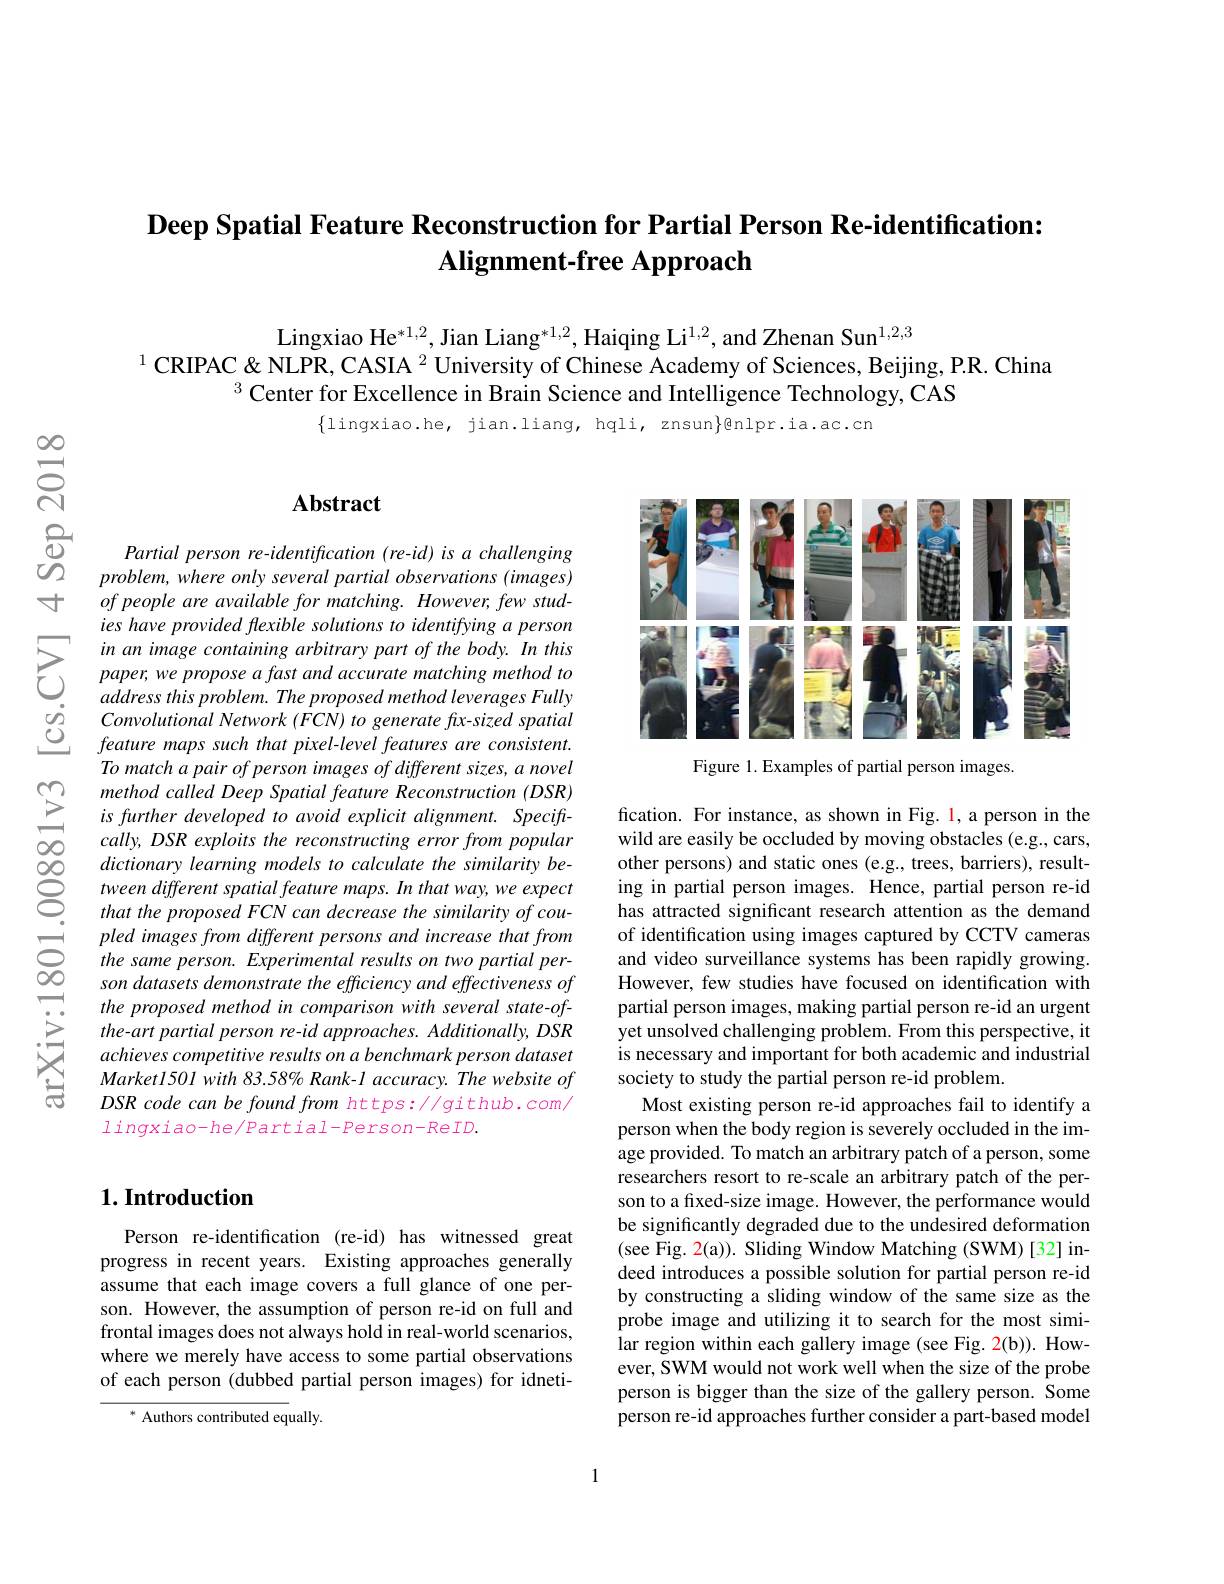
## $\textbf{Deep Spatial Feature Reconstruction for Partial Person Re- identification: }$ Alignment-free Approach

Lingxiao He$^*1,2$, Jian Liang$^*1,2$, Haiqing Li$^{1,2}$, and Zhenan Sun$^1,2,3$
$^{1}$CRIPAC &NLPR, CASIA $^2$ University of Chinese Academy of Sciences, Beijing, P.R. China
$^{3}$ Center for Excellence in Brain Science and Intelligence Technology, CAS

$\{$lingxiao.he, jian.liang, hqli, znsun$\}$@nlpr.ia.ac.cn

### $\mathbf{Abstract}$

Partial person re-identification (re-id) is a challenging $problem, where\textit{ only several partial observations ( images) }$ of people are available for matching. However, few studies have provided flexible solutions to identifying a person
$\sum\begin{array}{lll}&\text{in an image containing arbitrary part of the body. In this}\\&\text{paper,we propose a fast and accurate matching method to}\\&\text{address this problem.The proposed method leverages Fully}\end{array}$
address this problem. The proposed method leverages Fully Convolutional Network (FCN) to generate fix-sized spatial feature maps such that pixel-level features are consistent. To match a pair of person images of different sizes, a novel method called Deep Spatial feature Reconstruction (DSR) is further developed to avoid explicit alignment. Speciffcally, DSR exploits the reconstructing error from popular
dictionary learning models to calculate the similarity be- $\textcircled {\infty }$tween different spatial feature maps. In that way, we expect that the proposed FCN can decrease the similarity of cou-
that the proposed FCN can decrease the similarity of cou-
$\begin{array}{cc}&\text{pled images from different persons and i}\end{array}$
son datasets demonstrate the efficiency and effectiveness of the proposed method in comparison with several state-ofthe-art partial person re-id approaches. Additionally, DSR achieves competitive results on a benchmark person dataset Market1501 with 83.58% Rank-1 accuracy. The website of $DSR$ code can be found from https://github.com/ lingxiao-he/Partial-Person-ReID.

<FigureHere>

Figure 1. Examples of partial person images.

fication. For instance, as shown in Fig. l, a person in the wild are easily be occluded by moving obstacles (e.g., cars, other persons) and static ones (e.g., trees, barriers), resulting in partial person images. Hence, partial person re-id has attracted significant research attention as the demand of identification using images captured by CCTV cameras and video surveillance systems has been rapidly growing. However, few studies have focused on identification with partial person images, making partial person re-id an urgent yet unsolved challenging problem. From this perspective, it is necessary and important for both academic and industrial society to study the partial person re-id problem.
Most existing person re-id approaches fail to identify a person when the body region is severely occluded in the image provided. To match an arbitrary patch of a person, some researchers resort to re-scale an arbitrary patch of the person to a fixed-size image. However, the performance would be significantly degraded due to the undesired deformation (see Fig. 2(a)). Sliding Window Matching (SWM)[32] indeed introduces a possible solution for partial person re-id by constructing a sliding window of the same size as the probe image and utilizing it to search for the most similar region within each gallery image (see Fig. 2(b)). However, SWM would not work well when the size of the probe person is bigger than the size of the gallery person. Some person re-id approaches further consider a part-based model

## $1. \textbf{Introduction}$

Person re-identification (re-id) has witnessed great progress in recent years. Existing approaches generally assume that each image covers a full glance of one person. However, the assumption of person re-id on full and frontal images does not always hold in real-world scenarios, where we merely have access to some partial observations of each person (dubbed partial person images) for idneti-

$^*$ Authors contributed equally.

1